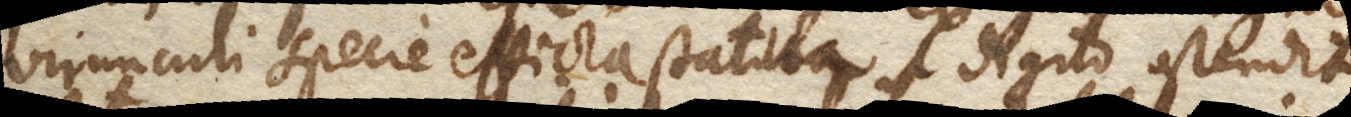
virunculi specie efficta statua digito ostendit